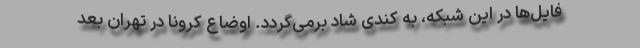
فایل‌ها در این شبکه، به کندی شاد برمی‌گردد. اوضاع کرونا در تهران بعد